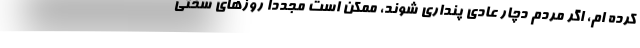
کرده ام، اگر مردم دچار عادی پنداری شوند، ممکن است مجددا روزهای سختی